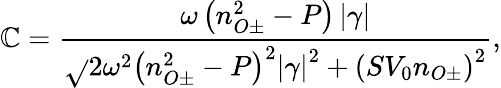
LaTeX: \mathbb{C}=\frac{{\omega\left(n_{O\pm}^{2}-P\right)\left|\gamma\right|}}{{\sqrt{}{{2\omega^{2}\left(n_{O\pm}^{2}-P\right)^{2}\left|\gamma\right|^{2}+\left(SV_{0}n_{O\pm}\right)^{2}}}}},